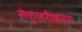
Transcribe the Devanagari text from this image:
सेकुलरीकरण